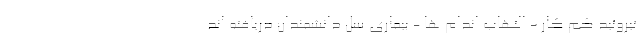
تیروئید کم کار - التهاب اندام ها - بیماری سل دانشمندان دریافته اند